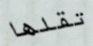
تقلها